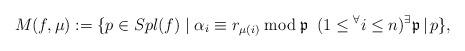
LaTeX: \begin{align*}M(f,\mu):=\{ p\in Spl(f) \mid \alpha_i\equiv r_{\mu(i)}\bmod\mathfrak p\,\,\,(1\le{}^\forall i\le n) {}^\exists\mathfrak p\,|\,p \},\end{align*}